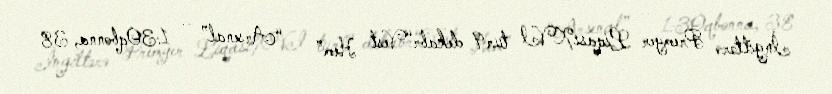
İngiltərə Premyer LiqasıXVI tur9 dekabr“Vest Hem” – “Arsenal” – 1:3Oqbonna, 38